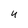
Character: 4